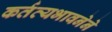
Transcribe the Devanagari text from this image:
कर्तव्यभावनेने